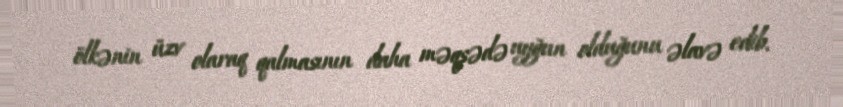
ölkənin üzv olaraq qalmasının daha məqsədə uyğun olduğunu əlavə edib.